Report of the Municipal Commissioner on the plague in Bombay for the year ending 31st May... - Volume 1
Disease focus: Plague
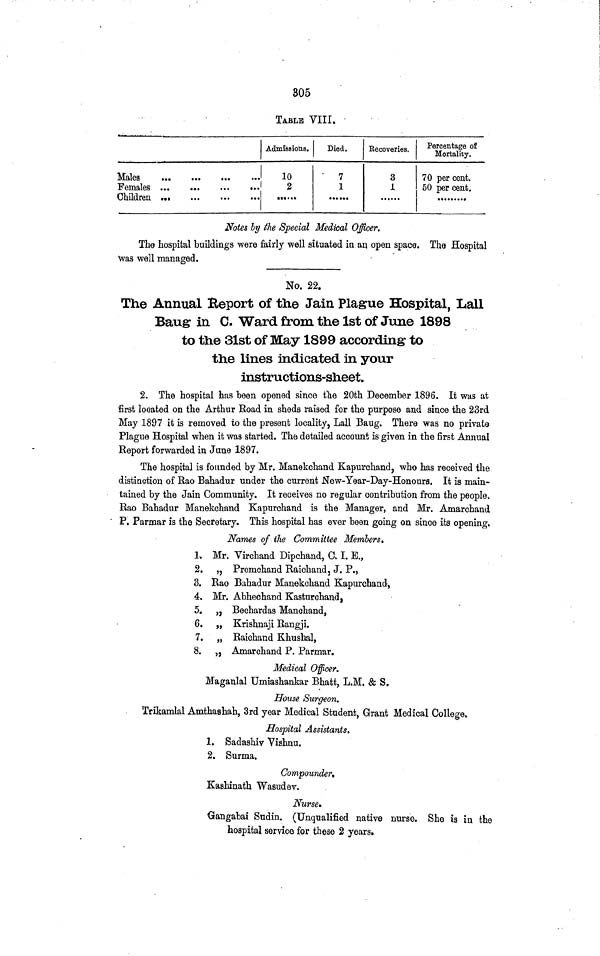
305
TABLE VIII.
Admissions.
10
2
Died.
7
1
Recoveries.
3
1
Percentage of
Mortality.
70 per cent.
50 per cent.
Notes by the Special Medical Officer.
The hospital buildings were fairly well situated in an open space. The Hospital
was well managed.
No. 22.
The Annual Eeport of the Jain Plague Hospital, Lall
Baug in C. Ward from the 1st of June 1898
to the 31st of May 1899 according to
the lines indicated in your
instructions-sheet.
2. The hospital has been opened since the 20th December 1896. It was at
first located on the Arthur Eoad in sheds raised for the purpose and since the 23rd
May 1897 it is removed to the present locality, Lall Baug. There was no private
Plague Hospital when it was started. The detailed account is given in the first Annual
Beport forwarded in June 1897.
The hospital is founded by Mr. Manekchand Kapurchand, who has received the
distinction of Rao Bahadur under the current New-Year-Day-Honours. It is main-
tained by the Jain Community. It receives no regular contribution from the people.
Bao Bahadur Manekchand Kapurchand is the Manager, and Mr. Amarchand
P. Parmar is the Secretary. This hospital has ever been going on since its opening.
Names of the Committee Members.
1» Mr. Virchand Dipchand, C. I. E.,
2. ,, Premchand Raichand, J. P.,
3. Rao Bahadur Manekchand Kapurchand,
4. Mr. Abhechand Kasturchand,
5. ,, Bechardas Manchand,
6. „ Krishnaji Bangji.
7. „ Baichand Khushal,
8. „ Amarchand P. Parmar.
Medical Officer.
Maganlal Umiashankar Bhatt, L.M. & S.
House Surgeon.
Trikamlal Amthashah, 3rd year Medical Student, Grant Medical College,
Hospital Assistants.
1. Sadashiv Vishnu.
2. Surma.
Compounder,
Kashinath Wasudev.
Nurse.
Gangabai Sudin. (Unqualified native nurse. She is in the
hospital service for these 2 years.